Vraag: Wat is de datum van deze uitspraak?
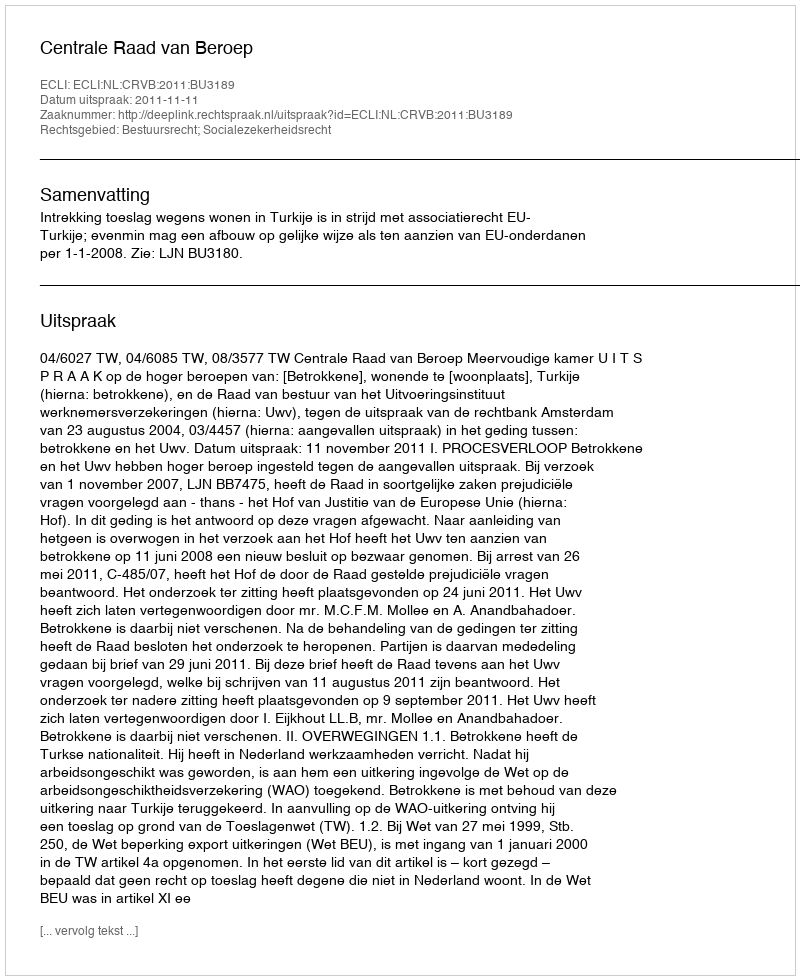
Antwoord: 2011-11-11